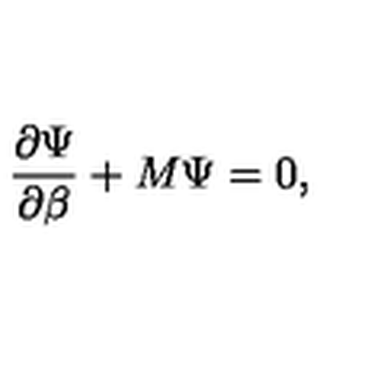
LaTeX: \frac { \partial \Psi } { \partial \beta } + M \Psi = 0 ,